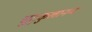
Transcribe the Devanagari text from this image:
चुटुकुलानन्द